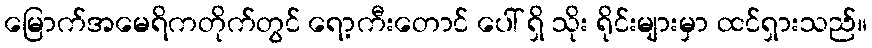
မြောက်အမေရိကတိုက်တွင် ရော့ကီးတောင် ပေါ် ရှိ သိုး ရိုင်းများမှာ ထင်ရှားသည်။